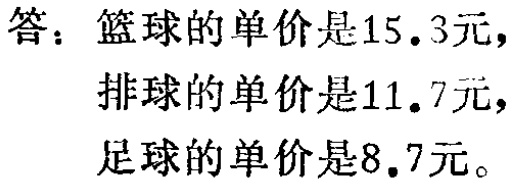
答：篮球的单价是\(15.3\)元，
排球的单价是\(11.7\)元，
足球的单价是\(8.7\)元。